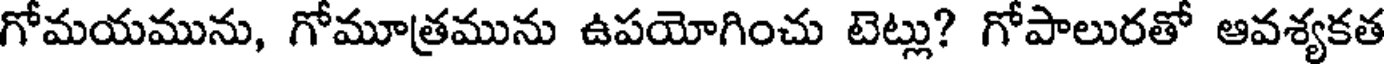
గోమయమును, గోమూత్రమును ఉపయోగించు టెట్లు? గోపాలురతో ఆవశ్యకత